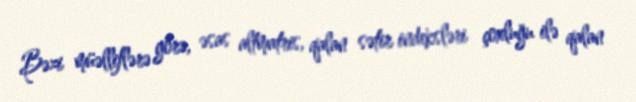
Bəzi müəlliflərə görə, əsas altmatris, qalan sətir indeksləri çoxluğu ilə qalan